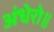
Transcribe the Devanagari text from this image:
अंधेरो॥